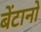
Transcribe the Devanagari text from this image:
बेंटानो